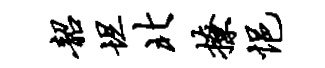
韶坦北撩悒